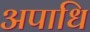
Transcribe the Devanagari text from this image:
अपाधि